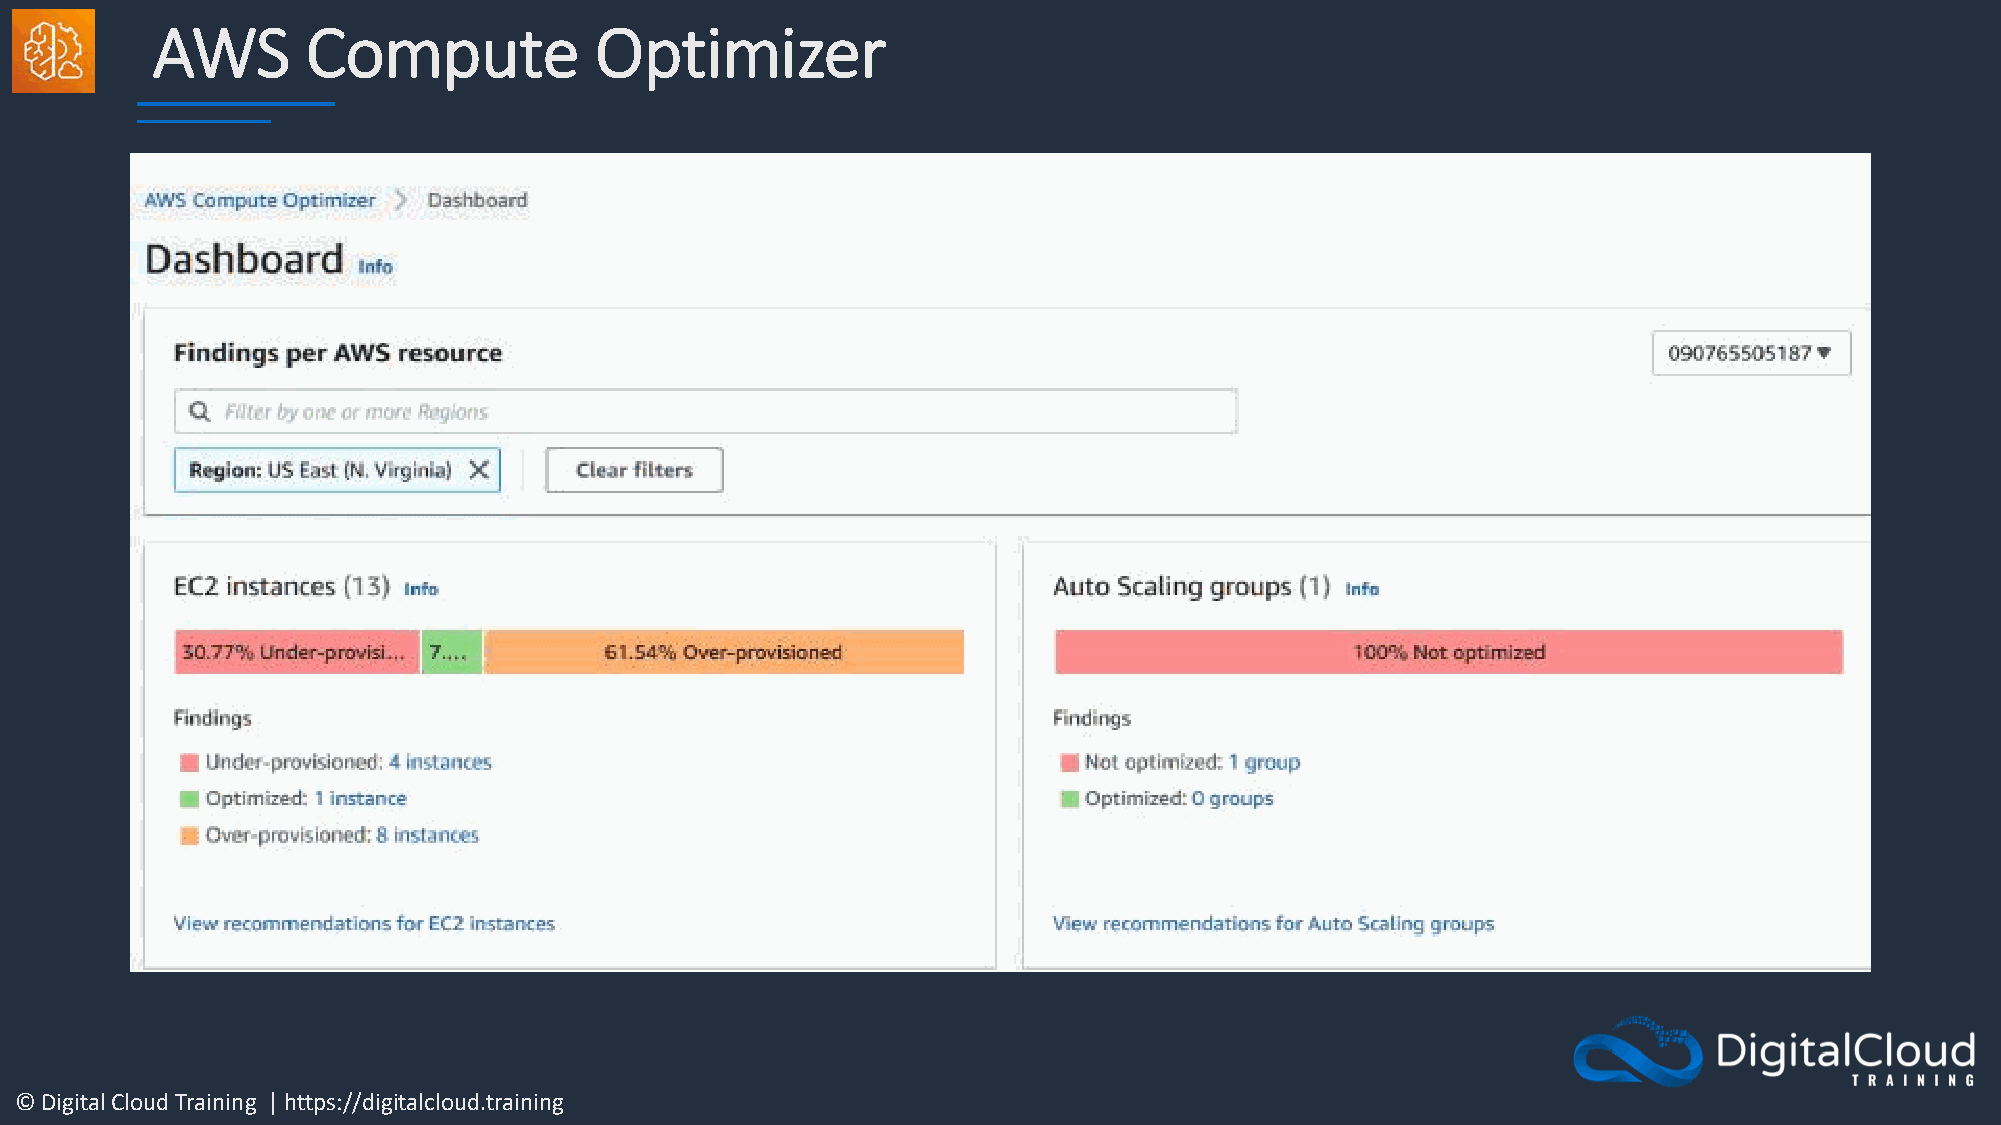
AWS       Compute            Optimizer
 © Digital Cloud Training | https://digitalcloud.training